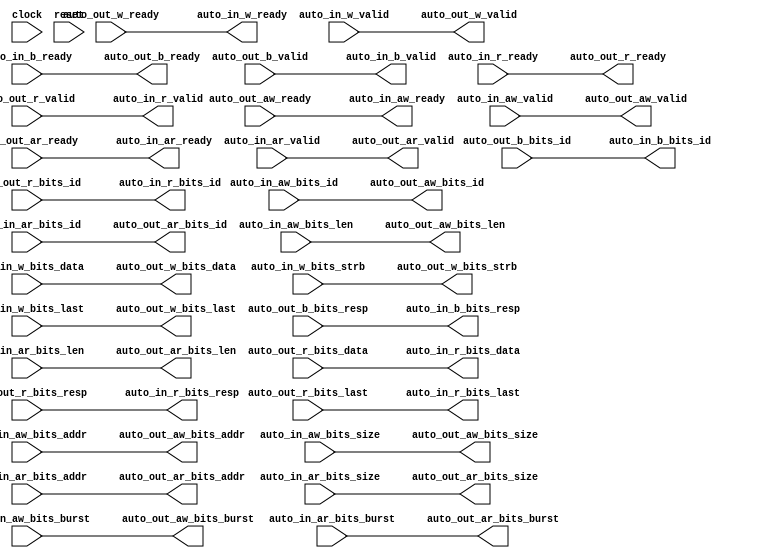
module AXI4Xbar(
  input         clock,
  input         reset,
  output        auto_in_aw_ready,
  input         auto_in_aw_valid,
  input  [3:0]  auto_in_aw_bits_id,
  input  [27:0] auto_in_aw_bits_addr,
  input  [7:0]  auto_in_aw_bits_len,
  input  [2:0]  auto_in_aw_bits_size,
  input  [1:0]  auto_in_aw_bits_burst,
  output        auto_in_w_ready,
  input         auto_in_w_valid,
  input  [63:0] auto_in_w_bits_data,
  input  [7:0]  auto_in_w_bits_strb,
  input         auto_in_w_bits_last,
  input         auto_in_b_ready,
  output        auto_in_b_valid,
  output [3:0]  auto_in_b_bits_id,
  output [1:0]  auto_in_b_bits_resp,
  output        auto_in_ar_ready,
  input         auto_in_ar_valid,
  input  [3:0]  auto_in_ar_bits_id,
  input  [27:0] auto_in_ar_bits_addr,
  input  [7:0]  auto_in_ar_bits_len,
  input  [2:0]  auto_in_ar_bits_size,
  input  [1:0]  auto_in_ar_bits_burst,
  input         auto_in_r_ready,
  output        auto_in_r_valid,
  output [3:0]  auto_in_r_bits_id,
  output [63:0] auto_in_r_bits_data,
  output [1:0]  auto_in_r_bits_resp,
  output        auto_in_r_bits_last,
  input         auto_out_aw_ready,
  output        auto_out_aw_valid,
  output [3:0]  auto_out_aw_bits_id,
  output [27:0] auto_out_aw_bits_addr,
  output [7:0]  auto_out_aw_bits_len,
  output [2:0]  auto_out_aw_bits_size,
  output [1:0]  auto_out_aw_bits_burst,
  input         auto_out_w_ready,
  output        auto_out_w_valid,
  output [63:0] auto_out_w_bits_data,
  output [7:0]  auto_out_w_bits_strb,
  output        auto_out_w_bits_last,
  output        auto_out_b_ready,
  input         auto_out_b_valid,
  input  [3:0]  auto_out_b_bits_id,
  input  [1:0]  auto_out_b_bits_resp,
  input         auto_out_ar_ready,
  output        auto_out_ar_valid,
  output [3:0]  auto_out_ar_bits_id,
  output [27:0] auto_out_ar_bits_addr,
  output [7:0]  auto_out_ar_bits_len,
  output [2:0]  auto_out_ar_bits_size,
  output [1:0]  auto_out_ar_bits_burst,
  output        auto_out_r_ready,
  input         auto_out_r_valid,
  input  [3:0]  auto_out_r_bits_id,
  input  [63:0] auto_out_r_bits_data,
  input  [1:0]  auto_out_r_bits_resp,
  input         auto_out_r_bits_last
);
  wire  _awOut_0_io_enq_bits_T_1 = ~auto_in_aw_valid; // @[Xbar.scala 263:60]
  wire  _T_1 = ~auto_in_ar_valid; // @[Xbar.scala 263:60]
  wire  _T_14 = ~auto_out_r_valid; // @[Xbar.scala 263:60]
  wire  _T_26 = ~auto_out_b_valid; // @[Xbar.scala 263:60]
  assign auto_in_aw_ready = auto_out_aw_ready; // @[Nodes.scala 1213:84 LazyModule.scala 314:12]
  assign auto_in_w_ready = auto_out_w_ready; // @[Nodes.scala 1213:84 LazyModule.scala 314:12]
  assign auto_in_b_valid = auto_out_b_valid; // @[Xbar.scala 285:22]
  assign auto_in_b_bits_id = auto_out_b_bits_id; // @[Xbar.scala 83:69]
  assign auto_in_b_bits_resp = auto_out_b_bits_resp; // @[Nodes.scala 1213:84 LazyModule.scala 314:12]
  assign auto_in_ar_ready = auto_out_ar_ready; // @[Nodes.scala 1213:84 LazyModule.scala 314:12]
  assign auto_in_r_valid = auto_out_r_valid; // @[Xbar.scala 285:22]
  assign auto_in_r_bits_id = auto_out_r_bits_id; // @[Xbar.scala 83:69]
  assign auto_in_r_bits_data = auto_out_r_bits_data; // @[Nodes.scala 1213:84 LazyModule.scala 314:12]
  assign auto_in_r_bits_resp = auto_out_r_bits_resp; // @[Nodes.scala 1213:84 LazyModule.scala 314:12]
  assign auto_in_r_bits_last = auto_out_r_bits_last; // @[Nodes.scala 1213:84 LazyModule.scala 314:12]
  assign auto_out_aw_valid = auto_in_aw_valid; // @[Xbar.scala 285:22]
  assign auto_out_aw_bits_id = auto_in_aw_bits_id; // @[Xbar.scala 86:47]
  assign auto_out_aw_bits_addr = auto_in_aw_bits_addr; // @[Nodes.scala 1216:84 LazyModule.scala 312:16]
  assign auto_out_aw_bits_len = auto_in_aw_bits_len; // @[Nodes.scala 1216:84 LazyModule.scala 312:16]
  assign auto_out_aw_bits_size = auto_in_aw_bits_size; // @[Nodes.scala 1216:84 LazyModule.scala 312:16]
  assign auto_out_aw_bits_burst = auto_in_aw_bits_burst; // @[Nodes.scala 1216:84 LazyModule.scala 312:16]
  assign auto_out_w_valid = auto_in_w_valid; // @[Xbar.scala 229:40]
  assign auto_out_w_bits_data = auto_in_w_bits_data; // @[Nodes.scala 1216:84 LazyModule.scala 312:16]
  assign auto_out_w_bits_strb = auto_in_w_bits_strb; // @[Nodes.scala 1216:84 LazyModule.scala 312:16]
  assign auto_out_w_bits_last = auto_in_w_bits_last; // @[Nodes.scala 1216:84 LazyModule.scala 312:16]
  assign auto_out_b_ready = auto_in_b_ready; // @[Nodes.scala 1216:84 LazyModule.scala 312:16]
  assign auto_out_ar_valid = auto_in_ar_valid; // @[Xbar.scala 285:22]
  assign auto_out_ar_bits_id = auto_in_ar_bits_id; // @[Xbar.scala 87:47]
  assign auto_out_ar_bits_addr = auto_in_ar_bits_addr; // @[Nodes.scala 1216:84 LazyModule.scala 312:16]
  assign auto_out_ar_bits_len = auto_in_ar_bits_len; // @[Nodes.scala 1216:84 LazyModule.scala 312:16]
  assign auto_out_ar_bits_size = auto_in_ar_bits_size; // @[Nodes.scala 1216:84 LazyModule.scala 312:16]
  assign auto_out_ar_bits_burst = auto_in_ar_bits_burst; // @[Nodes.scala 1216:84 LazyModule.scala 312:16]
  assign auto_out_r_ready = auto_in_r_ready; // @[Nodes.scala 1216:84 LazyModule.scala 312:16]
endmodule